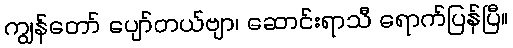
ကျွန်တော် ပျော်တယ်ဗျာ၊ ဆောင်းရာသီ ရောက်ပြန်ပြီ။